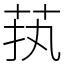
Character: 𱽜